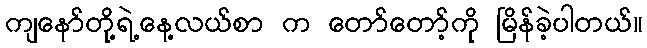
ကျနော်တို့ရဲ့နေ့လယ်စာ က တော်တော့်ကို မြိန်ခဲ့ပါတယ်။